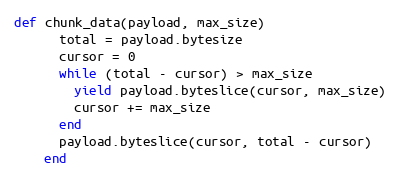
Language: Ruby
def chunk_data(payload, max_size)
      total = payload.bytesize
      cursor = 0
      while (total - cursor) > max_size
        yield payload.byteslice(cursor, max_size)
        cursor += max_size
      end
      payload.byteslice(cursor, total - cursor)
    end